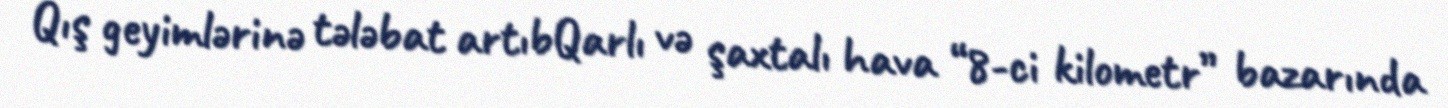
Qış geyimlərinə tələbat artıbQarlı və şaxtalı hava “8-ci kilometr” bazarında